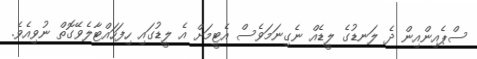
ސްޕެއިންއިން ދެ ލަނޑުގެ ލީޑެއް ނެގިނަމަވެސް އެޓީމަށް އެ ލީޑުގައި ހިފަހައްޓާލެވޭގޮތް ނުވިއެވެ.